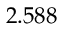
2 . 5 8 8